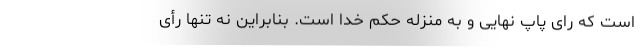
است که رای پاپ نهایی و به منزله حکم خدا است. بنابراین نه تنها رأی